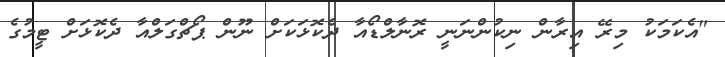
"އެކަމަކު މިރޭ އިރާން ނިކުންނަނީ ރޮނާލްޑޯއާ ދެކޮޅަކަށް ނޫން ޕޯޗްގަލްއާ ދެކޮޅަށް ޓީމުގެ